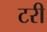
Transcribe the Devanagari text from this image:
टरी